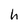
Character: h